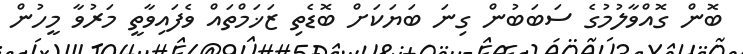
ބޮން ގޮއްވާލުމުގެ ސަބަބުން ގިނަ ބަޔަކަށް ބޮޑެތި ޒަޚަމްތައް ވެފައިވާތީ މަރުވާ މީހުން